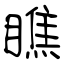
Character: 瞧